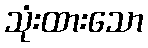
သုံးထားသော